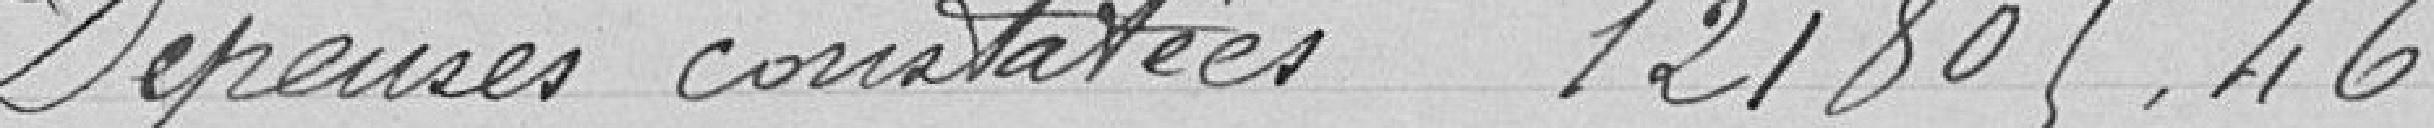
Dépenses constatées 121805,46